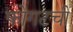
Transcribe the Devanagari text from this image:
फोगटची